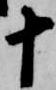
十